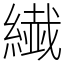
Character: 繊